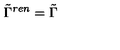
\tilde { \Gamma } ^ { r e n } = \tilde { \Gamma }